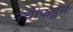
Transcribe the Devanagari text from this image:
उंचीकडून